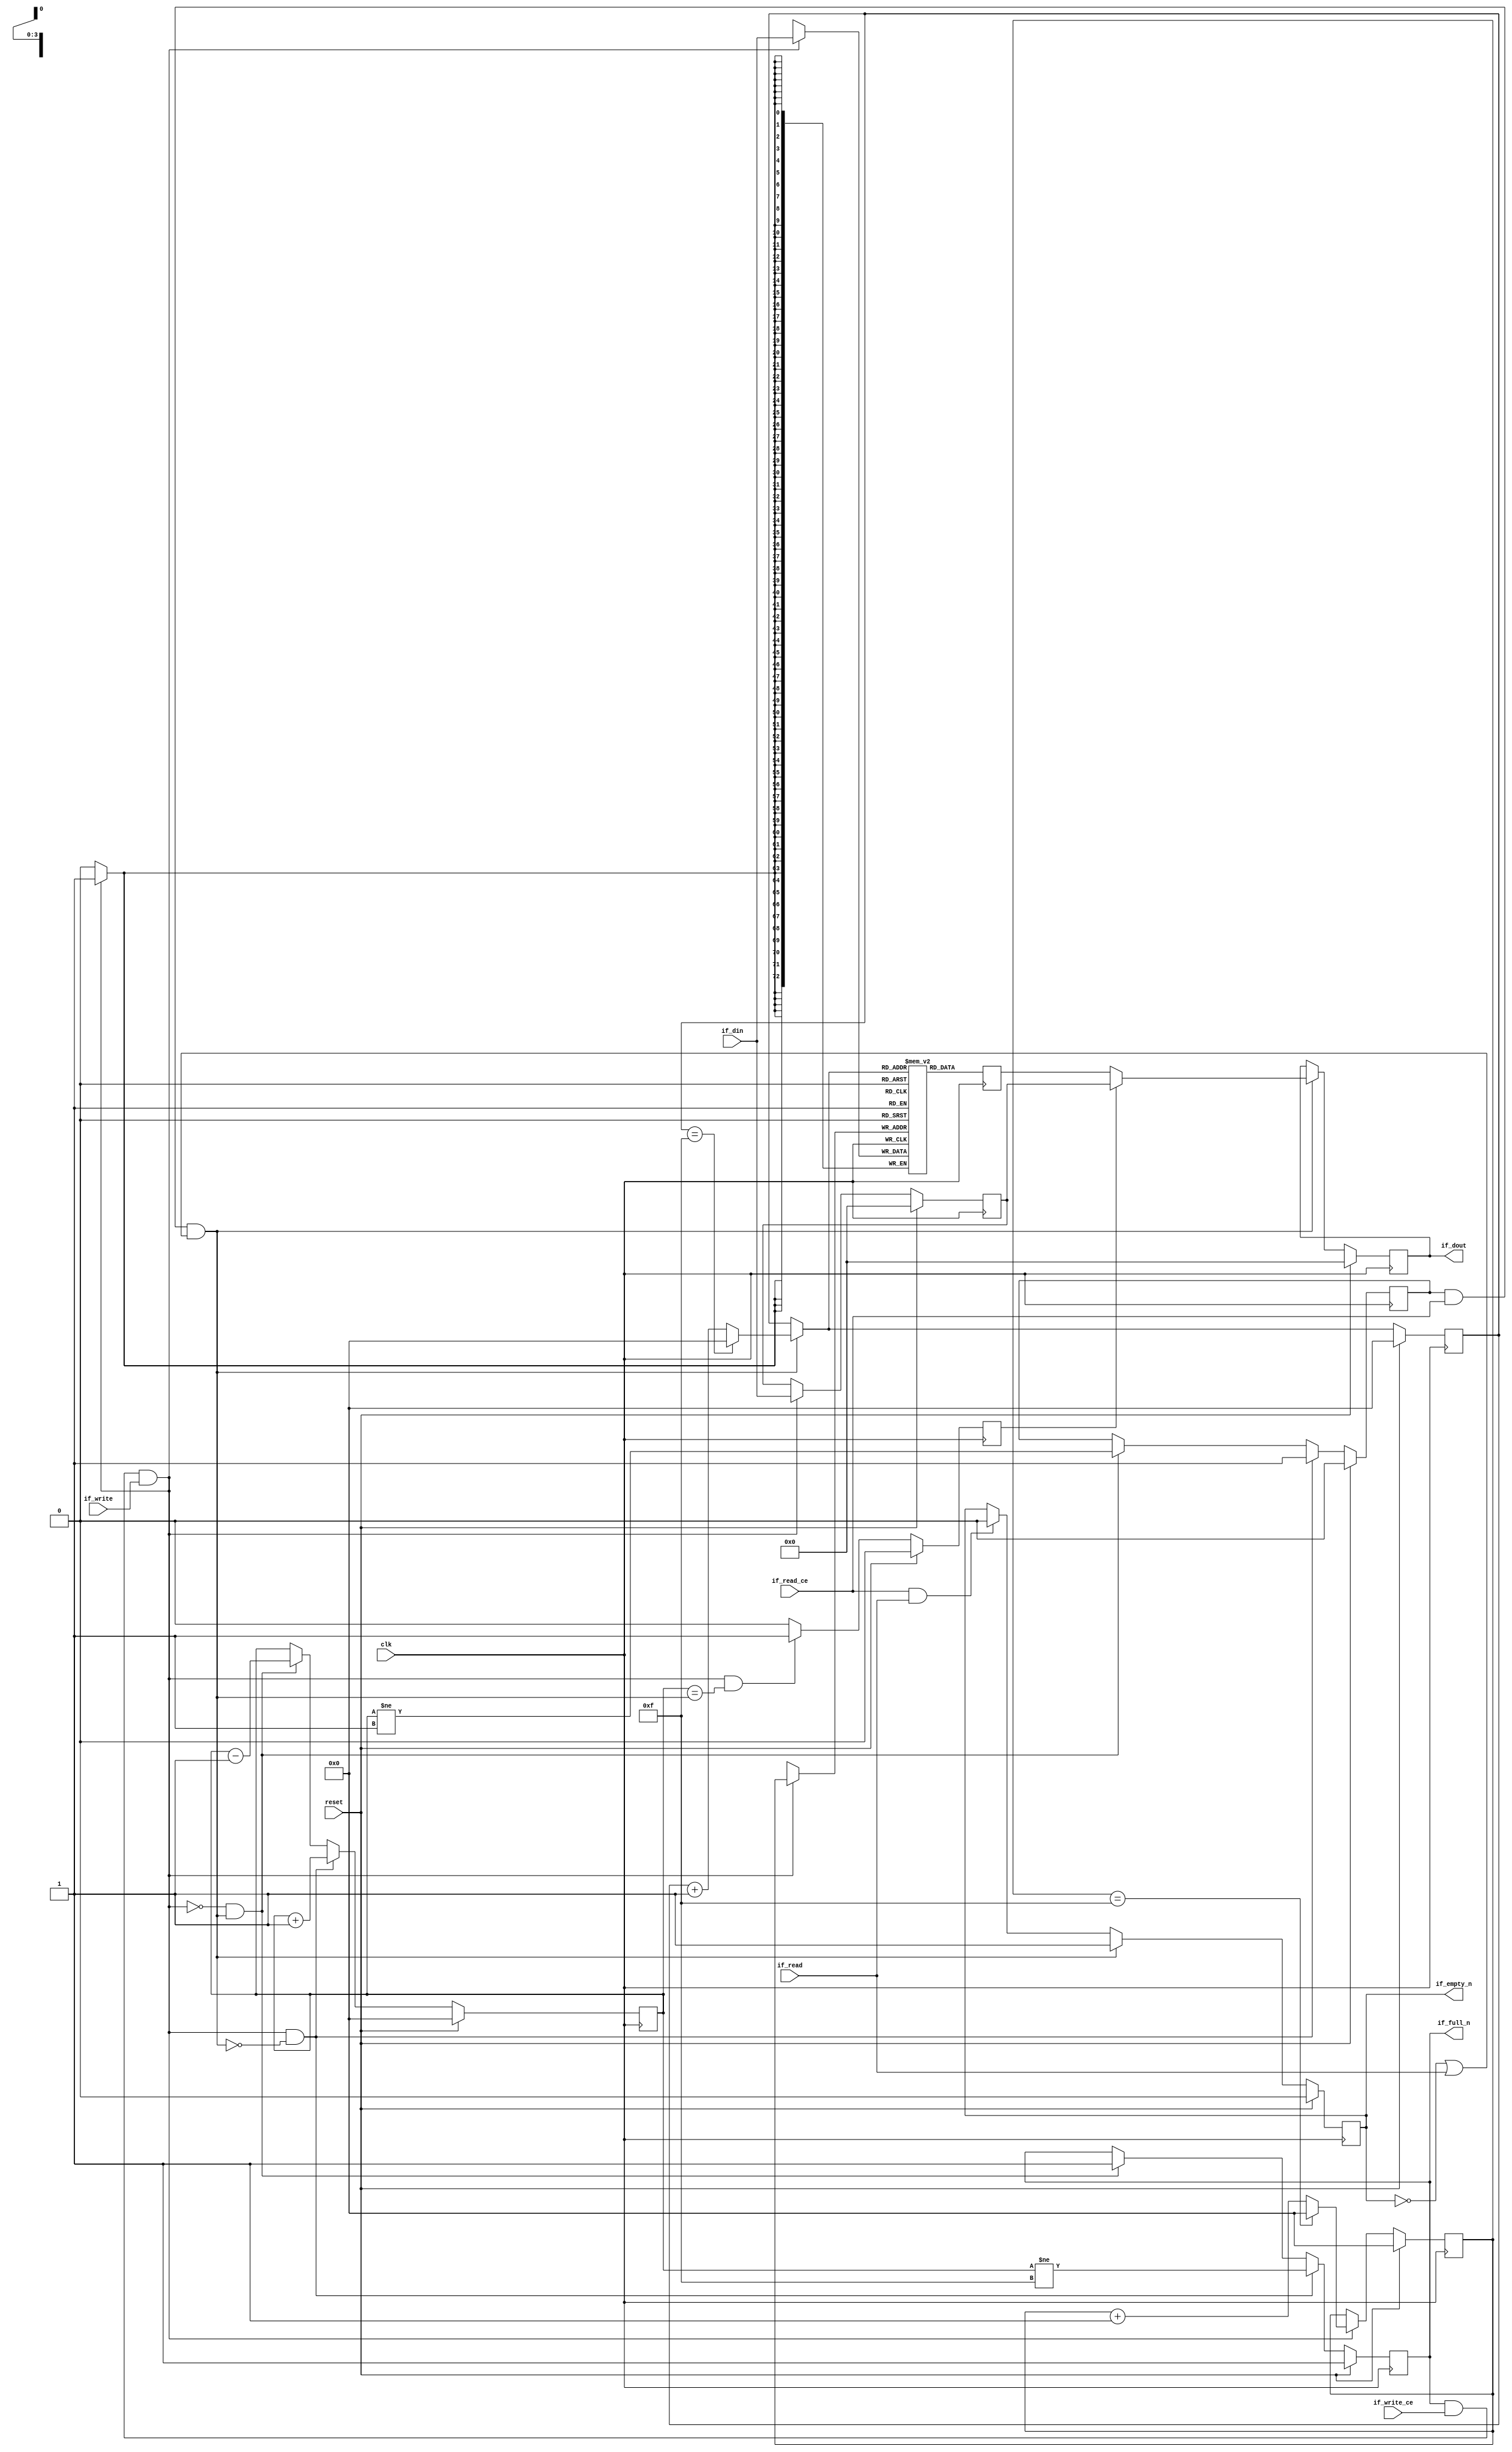
// ==============================================================
// File generated by Vivado(TM) HLS - High-Level Synthesis from C, C++ and SystemC
// Version: 2015.1
// Copyright (C) 2015 Xilinx Inc. All rights reserved.
// 
// ==============================================================


`timescale 1ns/1ps

module FIFO_mac_ip_encode_dataStreamBuffer2_V
#(parameter
    MEM_STYLE  = "block",
    DATA_WIDTH = 73,
    ADDR_WIDTH = 4,
    DEPTH      = 16
)
(
    // system signal
    input  wire                  clk,
    input  wire                  reset,

    // write
    output wire                  if_full_n,
    input  wire                  if_write_ce,
    input  wire                  if_write,
    input  wire [DATA_WIDTH-1:0] if_din,

    // read
    output wire                  if_empty_n,
    input  wire                  if_read_ce,
    input  wire                  if_read,
    output wire [DATA_WIDTH-1:0] if_dout
);
//------------------------Parameter----------------------

//------------------------Local signal-------------------
(* ram_style = MEM_STYLE *)
reg  [DATA_WIDTH-1:0] mem[0:DEPTH-1];
reg  [DATA_WIDTH-1:0] q_buf = 1'b0;
reg  [ADDR_WIDTH-1:0] waddr = 1'b0;
reg  [ADDR_WIDTH-1:0] raddr = 1'b0;
wire [ADDR_WIDTH-1:0] wnext;
wire [ADDR_WIDTH-1:0] rnext;
wire                  push;
wire                  pop;
reg  [ADDR_WIDTH-1:0] usedw = 1'b0;
reg                   full_n = 1'b1;
reg                   empty_n = 1'b0;
reg  [DATA_WIDTH-1:0] q_tmp = 1'b0;
reg                   show_ahead = 1'b0;
reg  [DATA_WIDTH-1:0] dout_buf = 1'b0;
reg                   dout_valid = 1'b0;


//------------------------Instantiation------------------

//------------------------Task and function--------------

//------------------------Body---------------------------
assign if_full_n  = full_n;
assign if_empty_n = dout_valid;
assign if_dout    = dout_buf;
assign push       = full_n & if_write_ce & if_write;
assign pop        = empty_n & if_read_ce & (~dout_valid | if_read);
assign wnext      = !push                ? waddr :
                    (waddr == DEPTH - 1) ? 1'b0  :
                    waddr + 1'b1;
assign rnext      = !pop                 ? raddr :
                    (raddr == DEPTH - 1) ? 1'b0  :
                    raddr + 1'b1;

// waddr
always @(posedge clk) begin
    if (reset == 1'b1)
        waddr <= 1'b0;
    else
        waddr <= wnext;
end

// raddr
always @(posedge clk) begin
    if (reset == 1'b1)
        raddr <= 1'b0;
    else
        raddr <= rnext;
end

// usedw
always @(posedge clk) begin
    if (reset == 1'b1)
        usedw <= 1'b0;
    else if (push & ~pop)
        usedw <= usedw + 1'b1;
    else if (~push & pop)
        usedw <= usedw - 1'b1;
end

// full_n
always @(posedge clk) begin
    if (reset == 1'b1)
        full_n <= 1'b1;
    else if (push & ~pop)
        full_n <= (usedw != DEPTH - 1);
    else if (~push & pop)
        full_n <= 1'b1;
end

// empty_n
always @(posedge clk) begin
    if (reset == 1'b1)
        empty_n <= 1'b0;
    else if (push & ~pop)
        empty_n <= 1'b1;
    else if (~push & pop)
        empty_n <= (usedw != 1'b1);
end

// mem
always @(posedge clk) begin
    if (push)
        mem[waddr] <= if_din;
end

// q_buf
always @(posedge clk) begin
    q_buf <= mem[rnext];
end

// q_tmp
always @(posedge clk) begin
    if (reset == 1'b1)
        q_tmp <= 1'b0;
    else if (push)
        q_tmp <= if_din;
end

// show_ahead
always @(posedge clk) begin
    if (reset == 1'b1)
        show_ahead <= 1'b0;
    else if (push && usedw == pop)
        show_ahead <= 1'b1;
    else
        show_ahead <= 1'b0;
end

// dout_buf
always @(posedge clk) begin
    if (reset == 1'b1)
        dout_buf <= 1'b0;
    else if (pop)
        dout_buf <= show_ahead? q_tmp : q_buf;
end

// dout_valid
always @(posedge clk) begin
    if (reset == 1'b1)
        dout_valid <= 1'b0;
    else if (pop)
        dout_valid <= 1'b1;
    else if (if_read_ce & if_read)
        dout_valid <= 1'b0;
end

endmodule